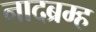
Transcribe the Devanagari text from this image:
नादब्रम्ह